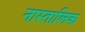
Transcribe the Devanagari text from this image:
नास्तालिक